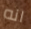
انه